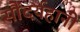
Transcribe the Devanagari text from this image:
सौंदर्यहानी